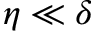
\eta \ll \delta